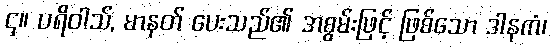
၄။ ပရိဝါသ်, မာနတ် ပေးသည်၏ အစွမ်းဖြင့် ဖြစ်သော ဒါနကံ၊